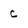
Character: c